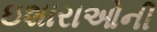
ઇશારાઓની